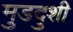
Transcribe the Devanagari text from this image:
मुडदुशी